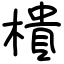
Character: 樻